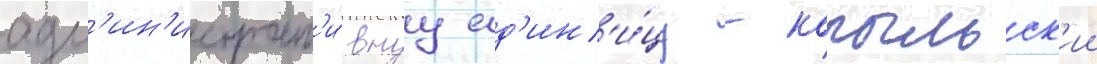
адм'ин'истрат'и́внуу ед'ин'и́цу - копыльск'ии